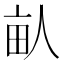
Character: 畒